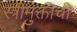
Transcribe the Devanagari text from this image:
स्त्रीमुक्तीची